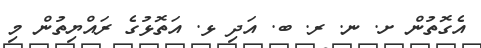
އެގޮތުން ށ. ނ. ރ. ބ. އަދި ޅ. އަތޮޅުގެ ރައްޔިތުން މި